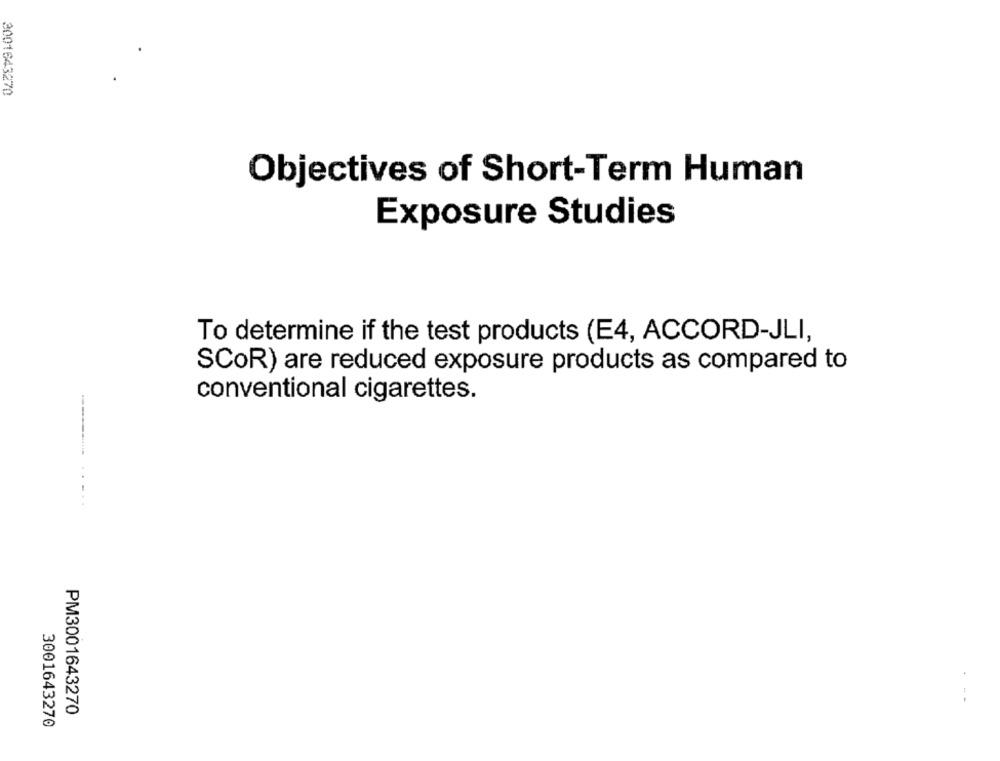
3001643270
Objectives of Short-Term Human
Exposure Studies
To determine if the test products (E4, ACCORD-JLI,
SCOR) are reduced exposure products as compared to
conventional cigarettes.
------.... .....
---
PM3001643270
3001643270